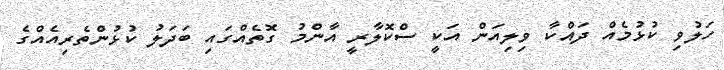
ހަލުވި ކުޅުމެއް ދައްކާ ވިލިއަން އަކީ ސްކޮލާރީ އާންމު ގޮތެއްގައި ބަދަލު ކުޅުންތެރިއެއްގެ